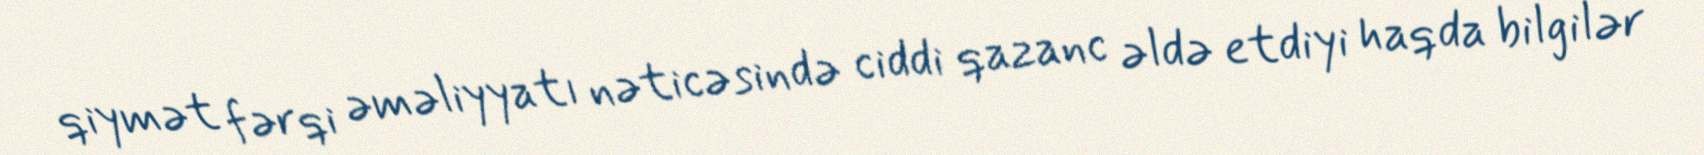
qiymət fərqi əməliyyatı nəticəsində ciddi qazanc əldə etdiyi haqda bilgilər